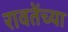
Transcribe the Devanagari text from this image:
रावतेंच्या